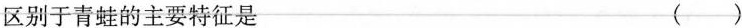
区别于青蛙的主要特征是 ()